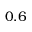
0 . 6